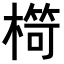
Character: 𣘠